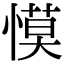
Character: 慔